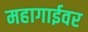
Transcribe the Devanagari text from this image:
महागाईवर